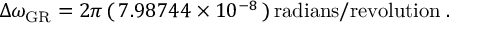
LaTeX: \Delta \omega _ { \mathrm { G R } } = 2 \pi \, ( \, 7 . 9 8 7 4 4 \times 1 0 ^ { - 8 } \, ) \, \mathrm { r a d i a n s / r e v o l u t i o n } \; .